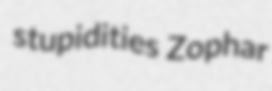
stupidities Zophar